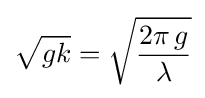
{\sqrt {gk}}={\sqrt {\frac {2\pi \,g}{\lambda }}}